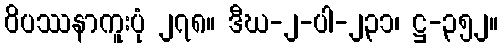
ဝိပဿနာကူးပုံ ၂၇၈။ ဒီဃ-၂-ပါ-၂၃၁၊ ဋ္ဌ-၃၅၂။